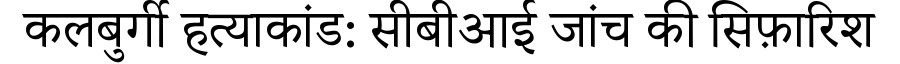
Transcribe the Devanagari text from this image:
कलबुर्गी हत्याकांड: सीबीआई जांच की सिफ़ारिश